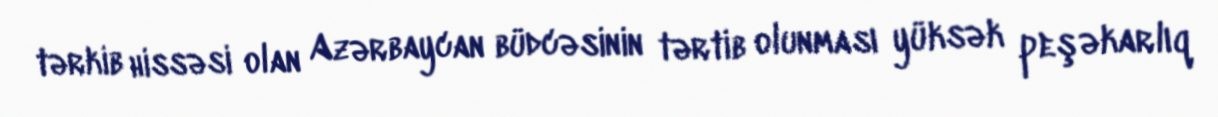
tərkib hissəsi olan Azərbaycan büdcəsinin tərtib olunması yüksək peşəkarlıq